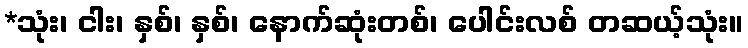
*သုံး၊ ငါး၊ နှစ်၊ နှစ်၊ နောက်ဆုံးတစ်၊ ပေါင်းလစ် တဆယ့်သုံး။